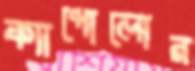
ক্যাপোলোর